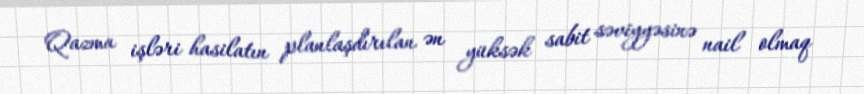
Qazma işləri hasilatın planlaşdırılan ən yüksək sabit səviyyəsinə nail olmaq